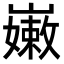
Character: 𡽫